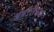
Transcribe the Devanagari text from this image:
अंथरलेल्या